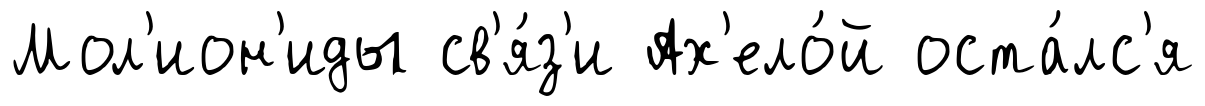
Мол'ион'иды св'я́з'и Ах'ело́й оста́лс'я